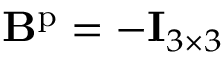
\mathbf { B } ^ { \mathrm { p } } = - \mathbf { I } _ { 3 \times 3 }